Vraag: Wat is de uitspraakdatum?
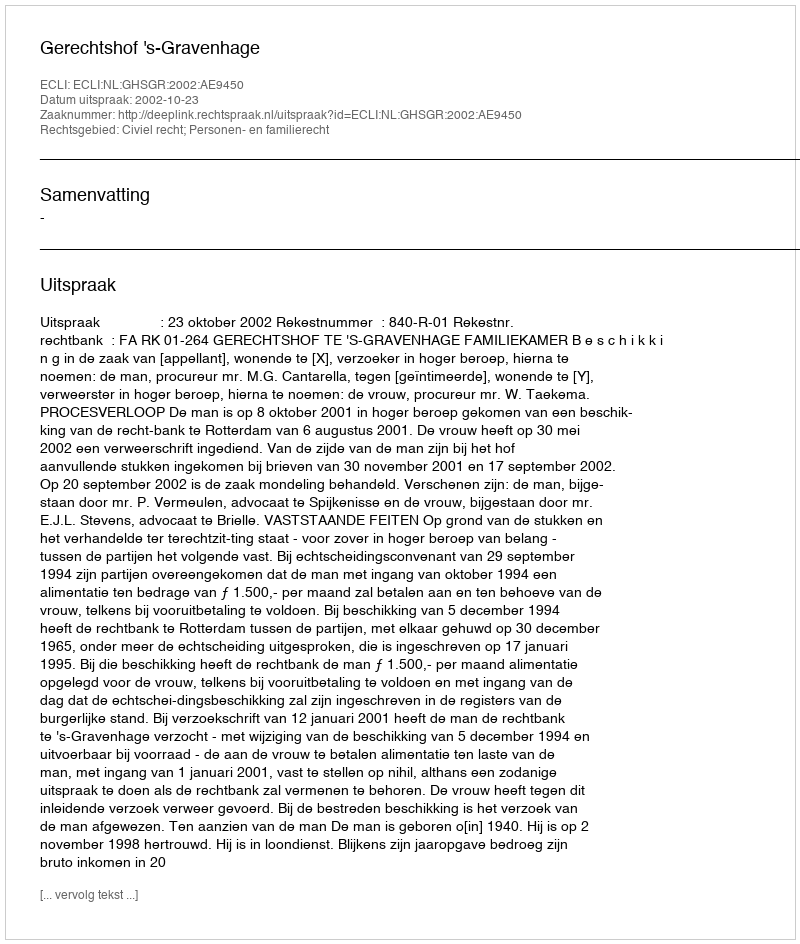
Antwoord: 2002-10-23